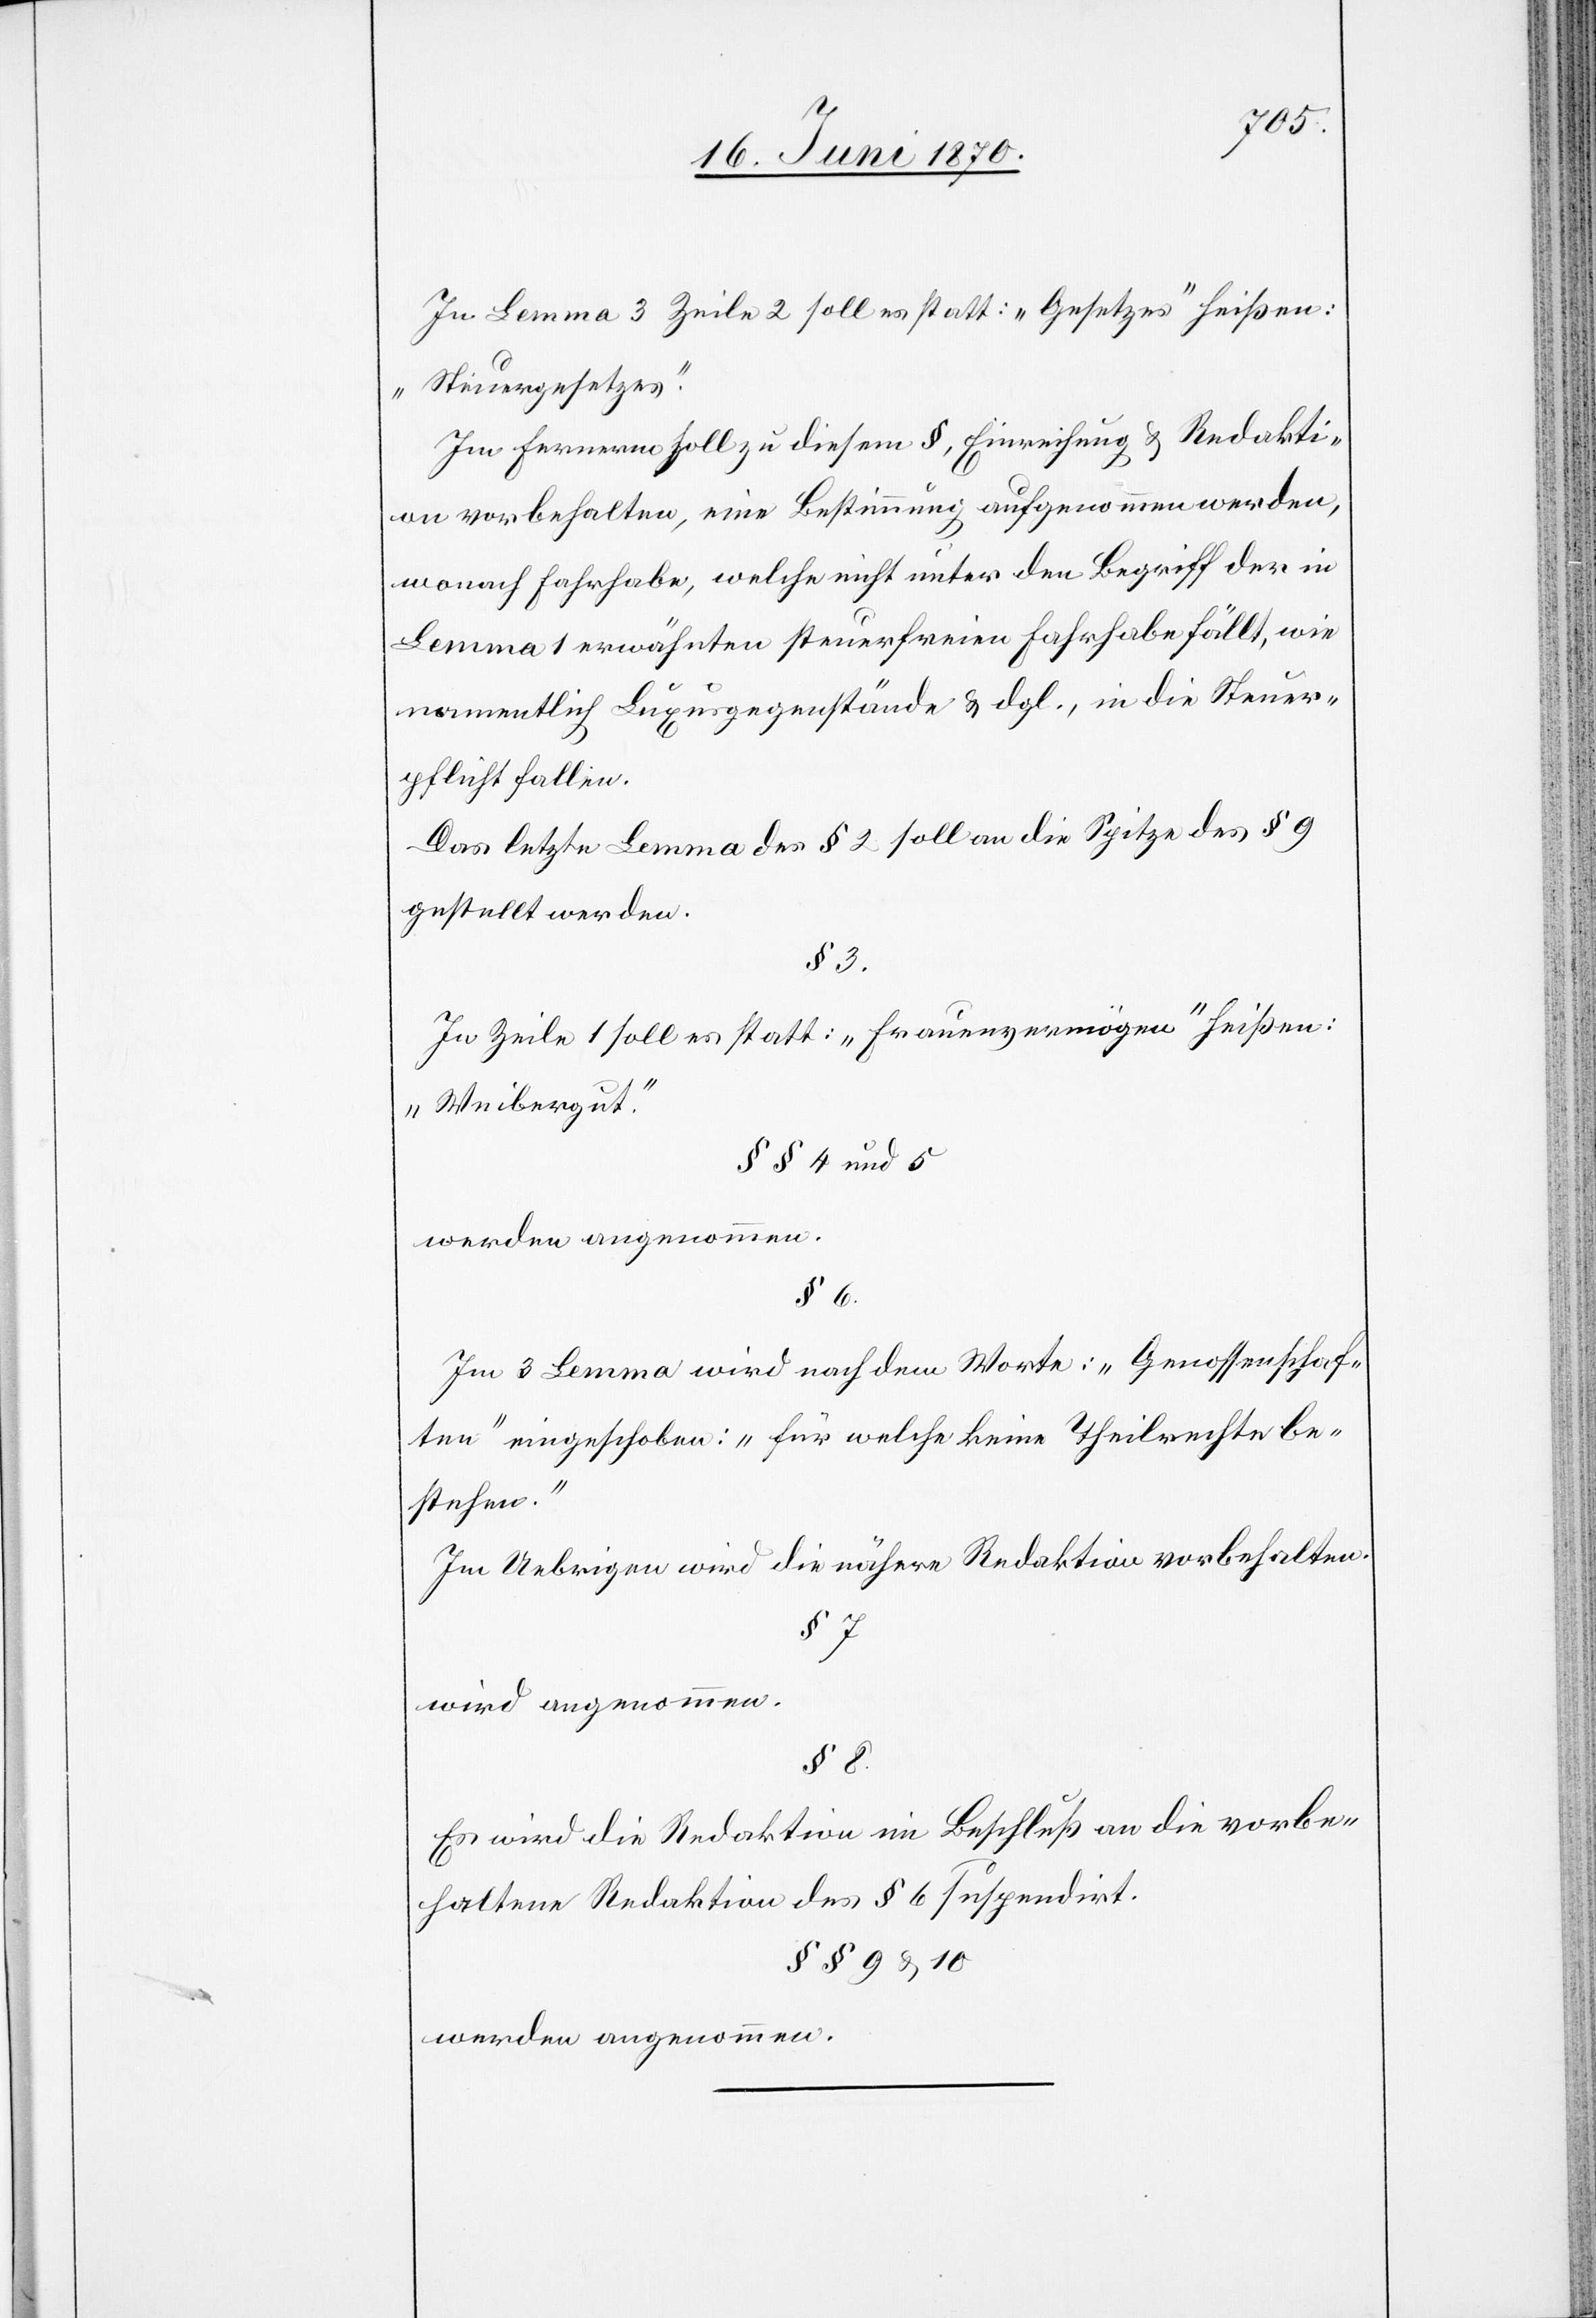
In Lemma 3 Zeile 2 soll es statt: „Gesetzes“ heißen:
„Steuergesetzes.“
Im Fernern soll zu diesem §, Einreichung & Redakti¬
on vorbehalten, eine Bestimmung aufgenommen werden,
wonach Fahrhabe, welche nicht unter den Begriff der in
Lemma 1 erwähnten steuerfreien Fahrhabe fällt, wie
namentlich Luxusgegenstände & dgl., in die Steuer¬
pflicht fallen.
Das letzte Lemma des § 2 soll an die Spitze des § 9
gestellt werden.
§ 3.
In Zeile 1 soll es statt: „Frauenvermögen“ heißen:
„Weibergut.“
§§ 4 und 5
werden angenommen.
§ 6.
Im 3 Lemma wird nach dem Worte: „Genossenschaf¬
ten“ eingeschoben: „für welche keine Theilrechte be¬
stehen.“
Im Uebrigen wird die nähere Redaktion vorbehalten.
§ 7
wird angenommen.
Es wird die Redaktion im Beschluß an die vorbe¬
haltene Redaktion des § 6 suspendirt.
§§ 9 & 10
werden angenommen.